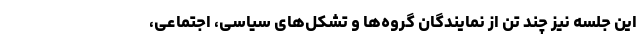
این جلسه نیز چند تن از نمایندگان گروه‌ها و تشکل‌های سیاسی، اجتماعی،